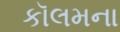
કૉલમના